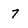
Character: 7